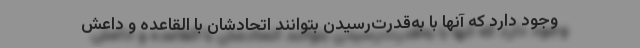
وجود دارد که آنها با به‌قدرت‌رسیدن بتوانند اتحادشان با القاعده و داعش